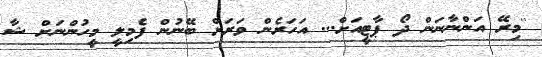
''މިރޭ އަންނާނަން ދޯ ޕާޓީއަށް... އަހަރެން ވަރަށް ބޭނުން ފެމިލީ މީހުންނަށް ޝާ